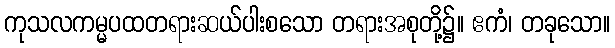
ကုသလကမ္မပထတရားဆယ်ပါးစသော တရားအစုတို့၌။ ဧကံ၊ တခုသော။